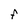
Character: F